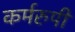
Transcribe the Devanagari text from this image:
कर्मरुपी